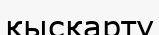
қысқарту